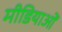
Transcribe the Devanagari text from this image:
मीडियाओं